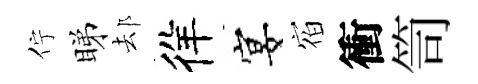
佇睇𨚫徉宴𪧐衝笥